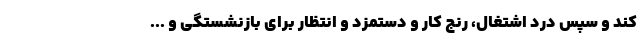
کند و سپس درد اشتغال، رنج کار و دستمزد و انتظار برای بازنشستگی و ...